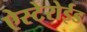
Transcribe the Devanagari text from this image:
ऐस्टेरोईड